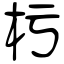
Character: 杇